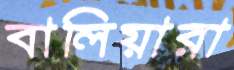
বালিয়ারা